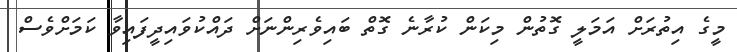
މީގެ އިތުރަށް އަމަލީ ގޮތުން މިކަން ކުރާނެ ގޮތް ބައިވެރިންނަށް ދައްކުވައިދީފައިވާ ކަމަށްވެސް